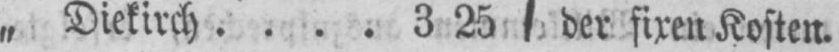
„ Diekirch .... 3 25 der fixen Kosten.